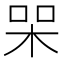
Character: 𭩸